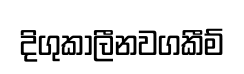
දිගුකාලීනවගකීම්